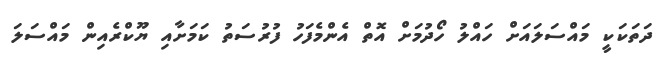
ދަތަކަކީ މައްސަލައަށް ހައްލު ހޯދުމަށް އޮތް އެންމެފަހު ފުރުސަތު ކަމަށާއި ޔޫކްރެއިން މައްސަލަ